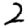
Digit: 2